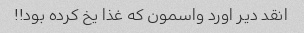
انقد دیر اورد واسمون که غذا یخ کرده بود!!